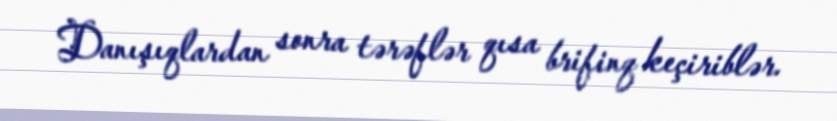
Danışıqlardan sonra tərəflər qısa brifinq keçiriblər.